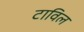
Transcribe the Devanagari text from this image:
टाविल